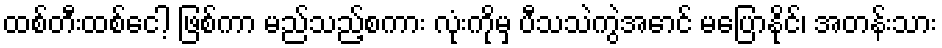
ထစ်တီးထစ်ငေါ့ ဖြစ်ကာ မည်သည့်စကား လုံးကိုမှ ပီသသဲကွဲအောင် မပြောနိုင်၊ အတန်းသား